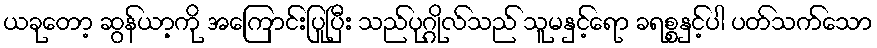
ယခုတော့ ဆွန်ယာ့ကို အကြောင်းပြုပြီး သည်ပုဂ္ဂိုလ်သည် သူမနှင့်ရော ခရစ္စနှင့်ပါ ပတ်သက်သော